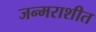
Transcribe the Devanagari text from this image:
जन्मराशीत